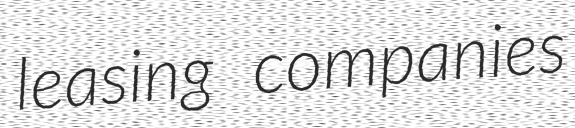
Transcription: leasing companies